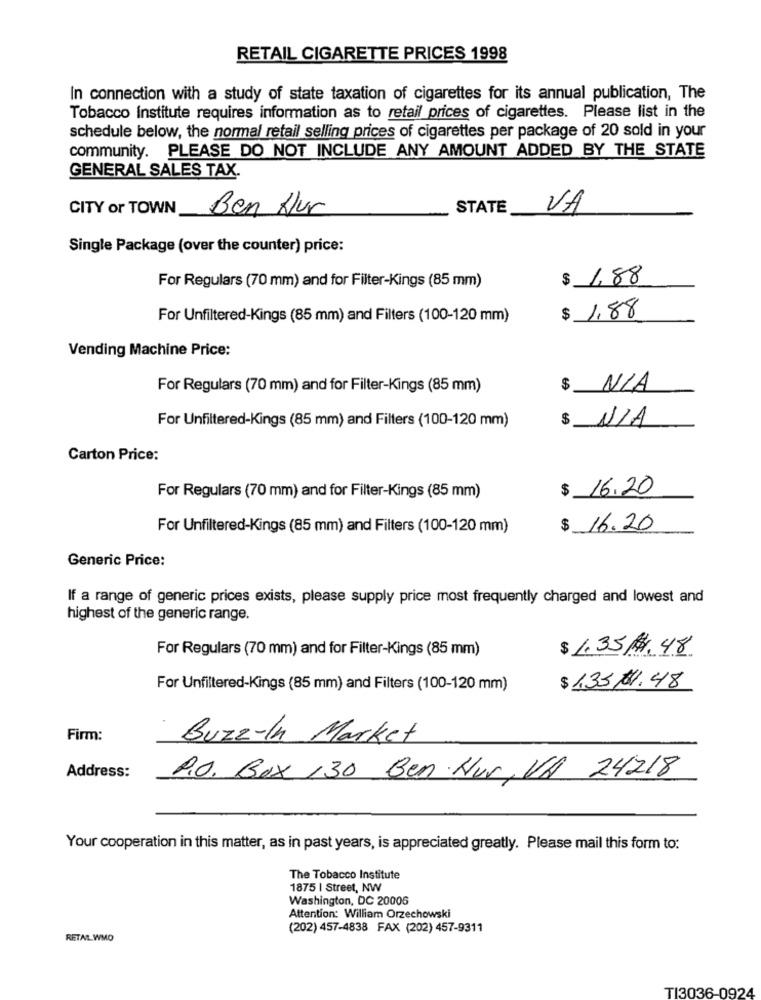
RETAIL CIGARETTE PRICES 1998
In connection with a study of state taxation of cigarettes for its annual publication, The
Tobacco Institute requires information as to retail prices of cigarettes. Please list in the
schedule below, the normal retail selling prices of cigarettes per package of 20 sold in your
community. PLEASE DO NOT INCLUDE ANY AMOUNT ADDED BY THE STATE
GENERAL SALES TAX.
CITY or TOWN
Ben Hur
STATE
VA
Single Package (over the counter) price:
$ 1.88
For Regulars (70 mm) and for Filter-Kings (85 mm)
For Unfiltered-Kings (85 mm) and Filters (100-120 mm)
$ 1,88
Vending Machine Price:
For Regulars (70 mm) and for Filter-Kings (85 mm)
$ N/A
For Unfiltered-Kings (85 mm) and Filters (100-120 mm)
$ N/A
Carton Price:
$ 16.20
For Regulars (70 mm) and for Filter-Kings (85 mm)
For Unfiltered-Kings (85 mm) and Filters (100-120 mm)
$ 16.20
Generic Price:
If a range of generic prices exists, please supply price most frequently charged and lowest and
highest of the generic range.
For Regulars (70 mm) and for Filter-Kings (85 mm)
$ 1.35 1. 48
For Unfiltered-Kings (85 mm) and Filters (100-120 mm)
$ 1,35 11.48
Firm:
Buzz-In Market
Address:
P.O. Box 130 Ben Hur, VA 24218
Your cooperation in this matter, as in past years, is appreciated greatly. Please mail this form to:
The Tobacco Institute
1875 | Street, NW
Washington, DC 20006
Attention: William Orzechowski
(202) 457-4838 FAX (202) 457-9311
RETAL WMO
TI3036-0924